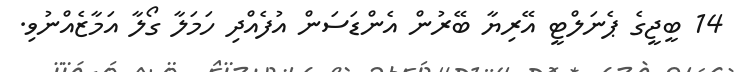
14 ބީޖީގެ ޕެނަލްޓީ އޭރިޔާ ބޭރުން އެންޑަސަން އުފެއްދި ހަމަލާ ގޯލާ އަމާޒެއްނުވި.